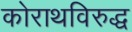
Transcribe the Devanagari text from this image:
कोराथविरुद्ध